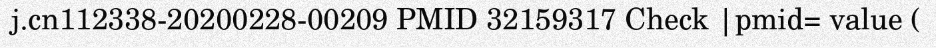
j.cn112338-20200228-00209 PMID 32159317 Check |pmid= value (